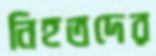
নিহতদের